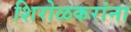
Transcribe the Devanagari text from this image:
शिरोळकरांना